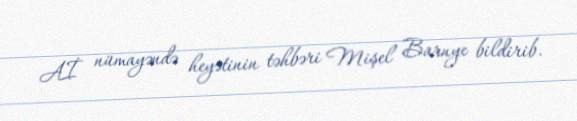
Aİ nümayəndə heyətinin təhbəri Mişel Barnye bildirib.